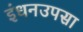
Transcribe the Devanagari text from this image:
इंधनउपसा